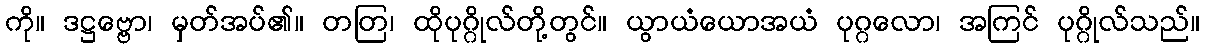
ကို။ ဒဋ္ဌဗ္ဗော၊ မှတ်အပ်၏။ တတြ၊ ထိုပုဂ္ဂိုလ်တို့တွင်။ ယွာယံယောအယံ ပုဂ္ဂလော၊ အကြင် ပုဂ္ဂိုလ်သည်။